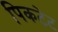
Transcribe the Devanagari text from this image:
पिकटेट